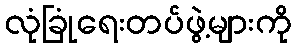
လုံခြုံရေးတပ်ဖွဲ့များကို